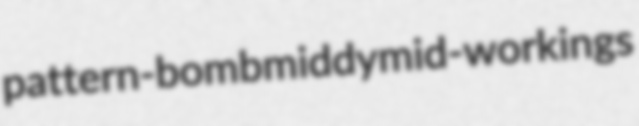
pattern-bomb middy mid-workings